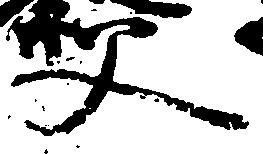
父